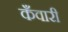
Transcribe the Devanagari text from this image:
कँवारी